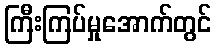
ကြီးကြပ်မှုအောက်တွင်